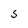
Character: 5